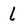
Character: l